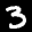
Label: 3